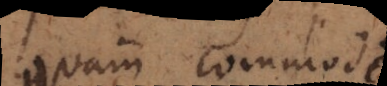
quam commode